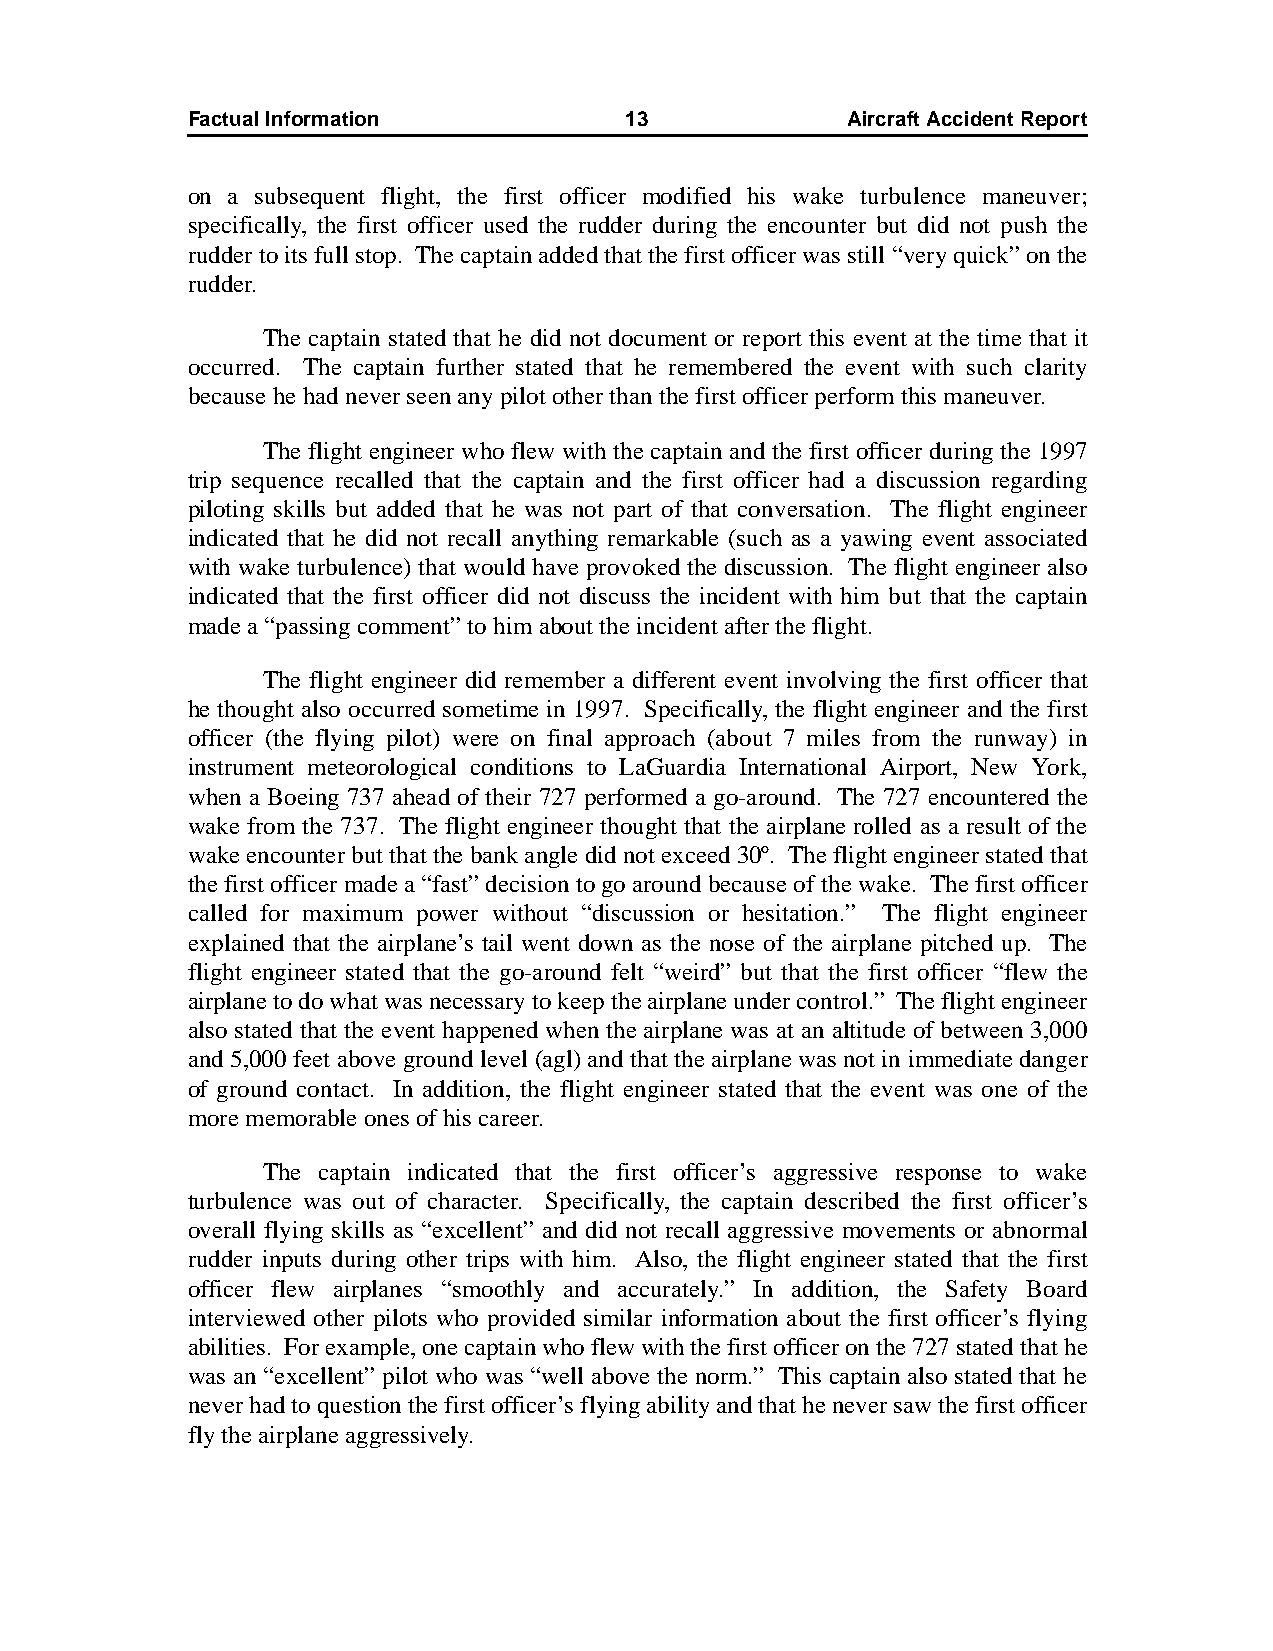
Factual Information          13             AircraftAccidentReport
 on a subsequent flight, the first officer modified his wake turbulence maneuver;
 specifically, the first officer used the rudder during the encounter but did not push the
 rudder to its full stop. The captain added that the first officer was still “very quick” on the
 rudder.
 The captain stated that he did not document or report this event at the time that it
 occurred. The captain further stated that he remembered the event with such clarity
 because he had never seen any pilot other than the first officer perform this maneuver.
 The flight engineer who flew with the captain and the first officer during the 1997
 trip sequence recalled that the captain and the first officer had a discussion regarding
 piloting skills but added that he was not part of that conversation. The flight engineer
 indicated that he did not recall anything remarkable (such as a yawing event associated
 with wake turbulence) that would have provoked the discussion. The flight engineer also
 indicated that the first officer did not discuss the incident with him but that the captain
 made a “passing comment” to him about the incident after the flight.
 The flight engineer did remember a different event involving the first officer that
 he thought also occurred sometime in 1997. Specifically, the flight engineer and the first
 officer (the flying pilot) were on final approach (about 7 miles from the runway) in
 instrument meteorological conditions to LaGuardia International Airport, New York,
 when a Boeing 737 ahead of their 727 performed a go-around. The 727 encountered the
 wake from the 737. The flight engineer thought that the airplane rolled as a result of the
 wake encounter but that the bank angle did not exceed 30º. The flight engineer stated that
 the first officer made a “fast” decision to go around because of the wake. The first officer
 called for maximum power without “discussion or hesitation.” The flight engineer
 explained that the airplane’s tail went down as the nose of the airplane pitched up. The
 flight engineer stated that the go-around felt “weird” but that the first officer “flew the
 airplane to do what was necessary to keep the airplane under control.” The flight engineer
 also stated that the event happened when the airplane was at an altitude of between 3,000
 and 5,000 feet above ground level (agl) and that the airplane was not in immediate danger
 of ground contact. In addition, the flight engineer stated that the event was one of the
 more memorable ones of his career.
 The captain indicated that the first officer’s aggressive response to wake
 turbulence was out of character. Specifically, the captain described the first officer’s
 overall flying skills as “excellent” and did not recall aggressive movements or abnormal
 rudder inputs during other trips with him. Also, the flight engineer stated that the first
 officer flew airplanes “smoothly and accurately.” In addition, the Safety Board
 interviewed other pilots who provided similar information about the first officer’s flying
 abilities. For example, one captain who flew with the first officer on the 727 stated that he
 was an “excellent” pilot who was “well above the norm.” This captain also stated that he
 never had to question the first officer’s flying ability and that he never saw the first officer
 fly the airplane aggressively.